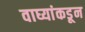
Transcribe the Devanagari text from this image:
वाघ्यांकडून